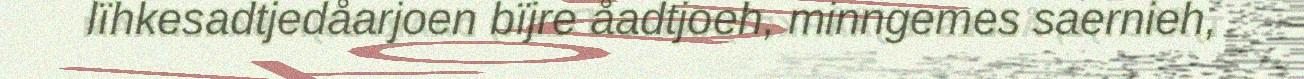
lïhkesadtjedåarjoen bïjre åadtjoeh, minngemes saernieh,